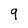
Character: 9